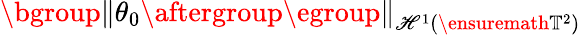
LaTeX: \mathopen{}\mathclose\bgroup\left\| \theta_{0}\aftergroup\egroup\right\| _{\mathscr{H}^{1}(\ensuremath{{\mathbb{{T}}}}^{2})}